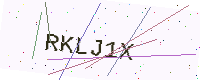
Text: RKLJ1X